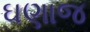
ઘણાજ